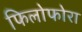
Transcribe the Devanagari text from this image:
फिलोफोरा